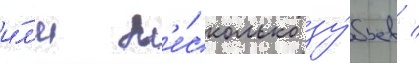
и́л'и н'е́сколько зу́бьев /